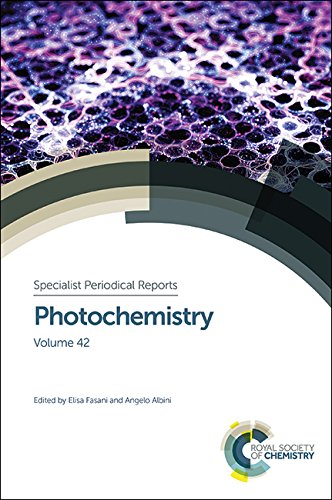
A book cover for Photochemistry: Volume 42 (Specialist Periodical Reports); Science & Math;